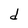
Character: d